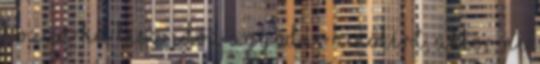
hozzá Ha lesz időd aggódni a nőkért, akkor ne